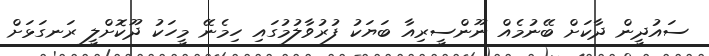
ސައުދީން ދާކަށް ބޭނުމެއް ނޫންސީރިއާ ބަޔަކު ފުރުވާލުމުގައި ހިމެނޭ މީހަކު ދޫކޮށްލީ ރަނގަޅަށް